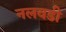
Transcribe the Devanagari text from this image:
नलवडी